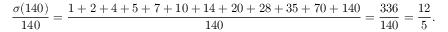
{ \frac { \sigma ( 1 4 0 ) } { 1 4 0 } } = { \frac { 1 + 2 + 4 + 5 + 7 + 1 0 + 1 4 + 2 0 + 2 8 + 3 5 + 7 0 + 1 4 0 } { 1 4 0 } } = { \frac { 3 3 6 } { 1 4 0 } } = { \frac { 1 2 } { 5 } } .